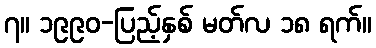
၇။ ၁၉၉၀-ပြည့်နှစ် မတ်လ ၁၈ ရက်။